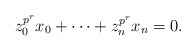
\begin{align*}z_0^{p^r}x_0+\cdots+z_n^{p^r}x_n=0.\end{align*}